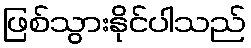
ဖြစ်သွားနိုင်ပါသည်